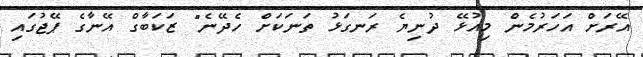
އޭރަށް އަހަރުމެން މިއުޅޭ ދުނިޔެ ރަނގަޅު ތަނަކަށް ހެދޭނެ" ޒަކަބާގް އޭނާގެ ޕޭޖުގައި